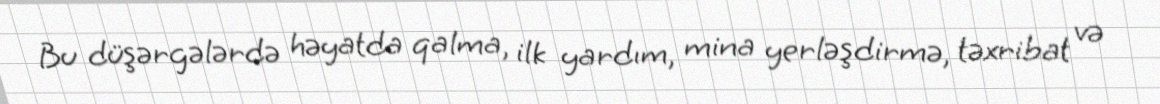
Bu düşərgələrdə həyatda qalma, ilk yardım, mina yerləşdirmə, təxribat və